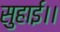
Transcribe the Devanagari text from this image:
सुहाई।।